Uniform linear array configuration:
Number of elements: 4
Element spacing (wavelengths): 0.25
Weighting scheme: uniform
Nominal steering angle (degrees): -60
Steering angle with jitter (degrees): -61.529
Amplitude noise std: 0.05
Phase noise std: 0.05

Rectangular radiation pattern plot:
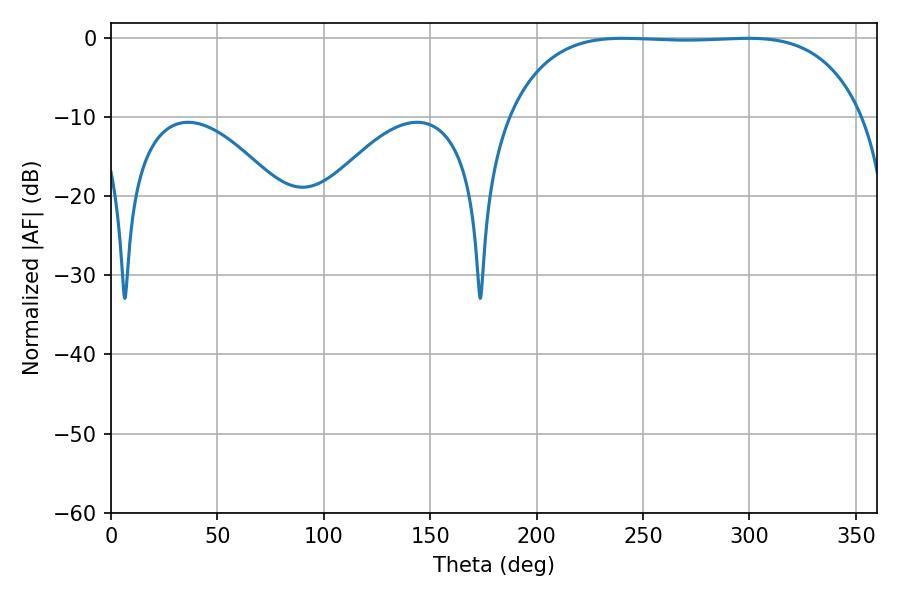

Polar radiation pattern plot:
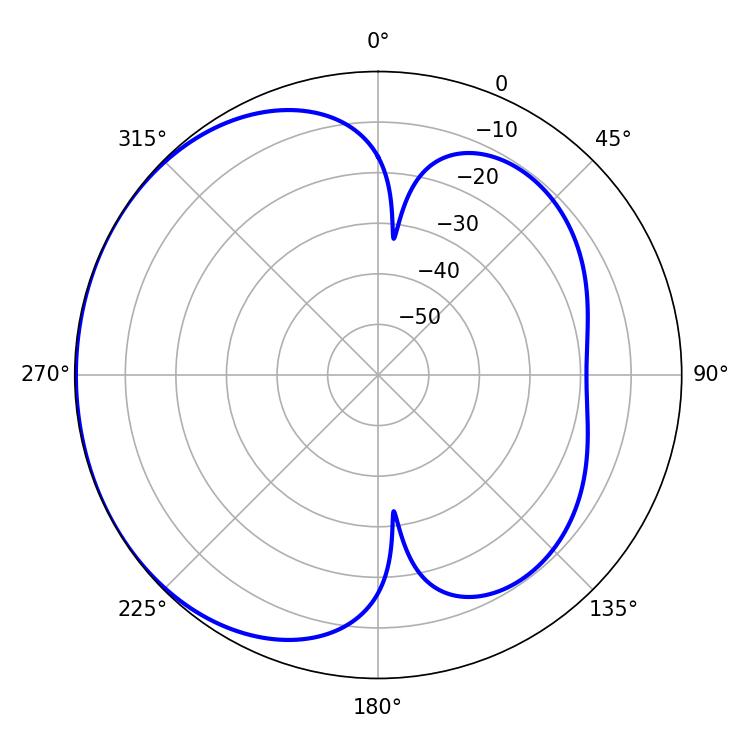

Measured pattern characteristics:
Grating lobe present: FALSE
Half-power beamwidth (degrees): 130.32
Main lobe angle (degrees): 240.66